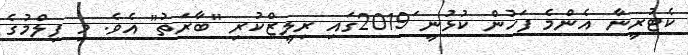
ކެޓުރީނާ އެންމެ ފަހުން ކުޅުނީ 2019ަގައި ރިލީޒްކުރި "ބާރަތު" އެވެ. މި ފިލްމުގެ